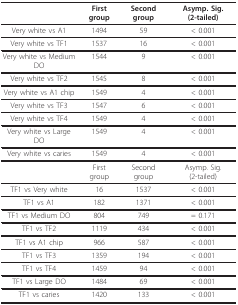
<table><thead><tr><td></td><td><b>First group</b></td><td><b>Second group</b></td><td><b>Asymp. Sig. (2-tailed)</b></td></tr></thead><tbody><tr><td>Very white vs A1</td><td>1494</td><td>59</td><td>&lt; 0.001</td></tr><tr><td>Very white vs TF1</td><td>1537</td><td>16</td><td>&lt; 0.001</td></tr><tr><td>Very white vs Medium DO</td><td>1544</td><td>9</td><td>&lt; 0.001</td></tr><tr><td>Very white vs TF2</td><td>1545</td><td>8</td><td>&lt; 0.001</td></tr><tr><td>Very white vs A1 chip</td><td>1549</td><td>4</td><td>&lt; 0.001</td></tr><tr><td>Very white vs TF3</td><td>1547</td><td>6</td><td>&lt; 0.001</td></tr><tr><td>Very white vs TF4</td><td>1549</td><td>4</td><td>&lt; 0.001</td></tr><tr><td>Very white vs Large DO</td><td>1549</td><td>4</td><td>&lt; 0.001</td></tr><tr><td>Very white vs caries</td><td>1549</td><td>4</td><td>&lt; 0.001</td></tr><tr><td></td><td>First group</td><td>Second group</td><td>Asymp. Sig. (2-tailed)</td></tr><tr><td>TF1 vs Very white</td><td>16</td><td>1537</td><td>&lt; 0.001</td></tr><tr><td>TF1 vs A1</td><td>182</td><td>1371</td><td>&lt; 0.001</td></tr><tr><td>TF1 vs Medium DO</td><td>804</td><td>749</td><td>= 0.171</td></tr><tr><td>TF1 vs TF2</td><td>1119</td><td>434</td><td>&lt; 0.001</td></tr><tr><td>TF1 vs A1 chip</td><td>966</td><td>587</td><td>&lt; 0.001</td></tr><tr><td>TF1 vs TF3</td><td>1359</td><td>194</td><td>&lt; 0.001</td></tr><tr><td>TF1 vs TF4</td><td>1459</td><td>94</td><td>&lt; 0.001</td></tr><tr><td>TF1 vs Large DO</td><td>1484</td><td>69</td><td>&lt; 0.001</td></tr><tr><td>TF1 vs caries</td><td>1420</td><td>133</td><td>&lt; 0.001</td></tr></tbody></table>